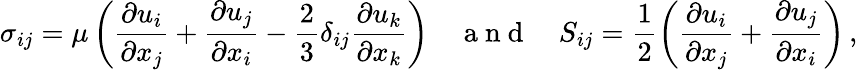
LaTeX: \sigma_{ij}=\mu\left(\frac{\partial u_{i}}{\partial x_{j}}+\frac{\partial u_{j}}{\partial x_{i}}-\frac{2}{3}\delta_{ij}\frac{\partial u_{k}}{\partial x_{k}}\right)\quad\mathrm{~a~n~d~}\quad S_{ij}=\frac{1}{2}\left(\frac{\partial u_{i}}{\partial x_{j}}+\frac{\partial u_{j}}{\partial x_{i}}\right)\, ,